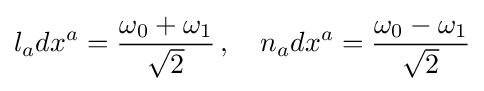
l_{a}dx^{a}={\frac {\omega _{0}+\omega _{1}}{\sqrt {2}}}\,,\quad n_{a}dx^{a}={\frac {\omega _{0}-\omega _{1}}{\sqrt {2}}}